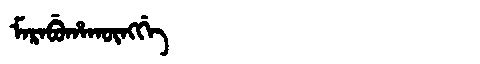
Manchu: ᠮᠠᡵᠠᠪᡠᡥᠠᡴᡡᠩᡤᡝ
Romanization: MARABUHAKŪNGGE